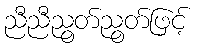
ညီညီညွတ်ညွတ်ဖြင့်